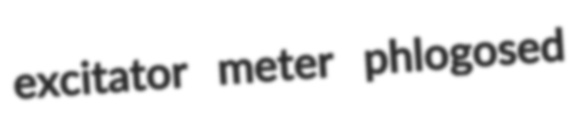
excitator meter phlogosed